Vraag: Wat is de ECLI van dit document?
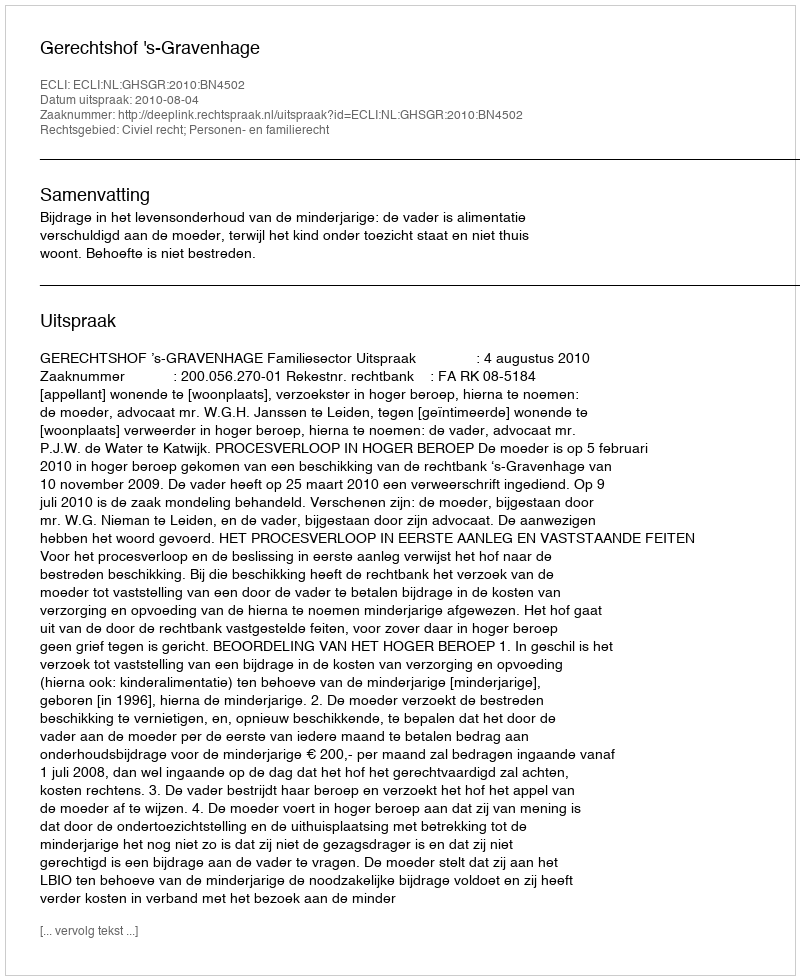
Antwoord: ECLI:NL:GHSGR:2010:BN4502